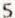
5